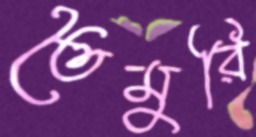
তৈমুরি